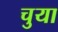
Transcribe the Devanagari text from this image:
चुया